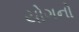
યોગનો